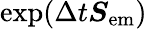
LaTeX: \exp(\Delta t\boldsymbol{S}_{\mathrm{em}})